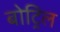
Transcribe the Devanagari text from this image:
बोट्रिल